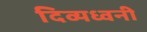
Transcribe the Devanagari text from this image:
दिव्यध्वनी